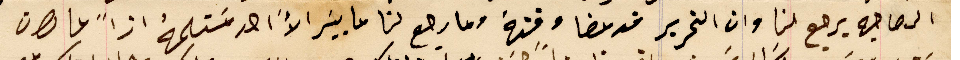
الى صاحبه يرجع لنا وان التحرير قد مضا وقتهُ وما رجع لنا ما بيسَر الاَّ احد مَستلمهُ ازاً ما كان